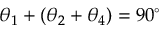
\theta _ { 1 } + ( \theta _ { 2 } + \theta _ { 4 } ) = 9 0 ^ { \circ }